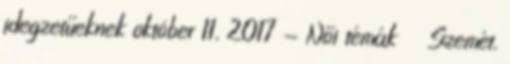
idegzetűeknek október 11, 2017 - Női témák Szemét,